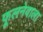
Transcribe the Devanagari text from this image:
फूलनेवाला